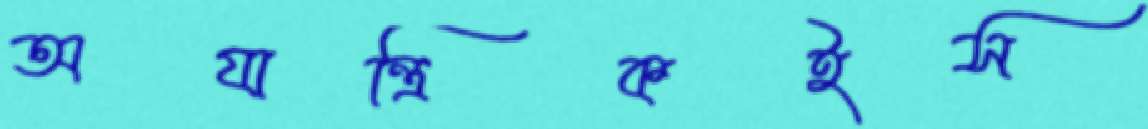
অযান্ত্রিকইস্